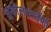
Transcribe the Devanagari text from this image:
सुशीलाबाईंशी